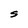
Character: S